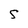
Character: S